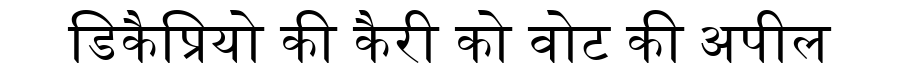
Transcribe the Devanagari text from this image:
डिकैप्रियो की कैरी को वोट की अपील